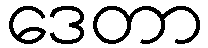
ဒေတာ